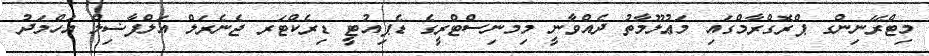
މިޓްރޭނިންގ ޕްރޮގްރާމްގައި މަޢުލޫމާތު ދެއްވާނީ މިމނިސްޓްރީގެ ޑެޕިއުޓީ ޑިރެކްޓަރ ޖެނެރަލް އަލްފާޟިލް އަހްމަދު